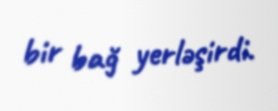
bir bağ yerləşirdi.